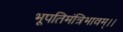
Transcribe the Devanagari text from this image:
भूपतिमंत्रिभावम्।।